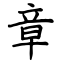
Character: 章